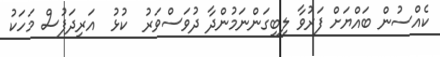
ކެއްސުން ބައްޔަށް ފަރުވާ ލިބިގަންނަމުންދާ ދުވަސްވަރު  ކުޅު  އަރިދަފުސް މަހަކު